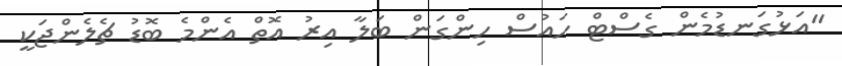
"އަޅުގަނޑުމެން ގެސްޓް ހައުސް ހިންގަން ބަލާ އިރު އޮތް އެންމެ ބޮޑު ޗެލެންޖަކީ